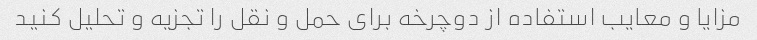
مزایا و معایب استفاده از دوچرخه برای حمل و نقل را تجزیه و تحلیل کنید